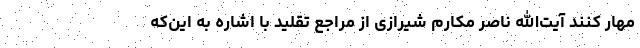
مهار کنند آیت‌الله ناصر مکارم شیرازی از مراجع تقلید با اشاره به این‌که